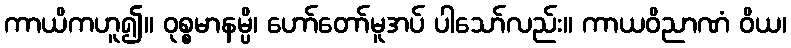
ကာယိကဟူ၍။ ဝုစ္စမာနမ္ပိ၊ ဟော်တော်မူအပ် ပါသော်လည်း။ ကာယဝိညာဏံ ဝိယ၊